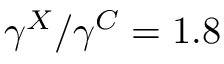
\gamma ^ { X } / \gamma ^ { C } = 1 . 8